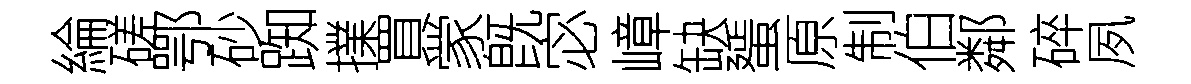
綸磋鄂砂踟擈買䝉旣宓嶂缺蜑原制伯鄰碎夙